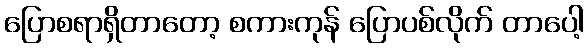
ပြောစရာရှိတာတော့ စကားကုန် ပြောပစ်လိုက် တာပေါ့